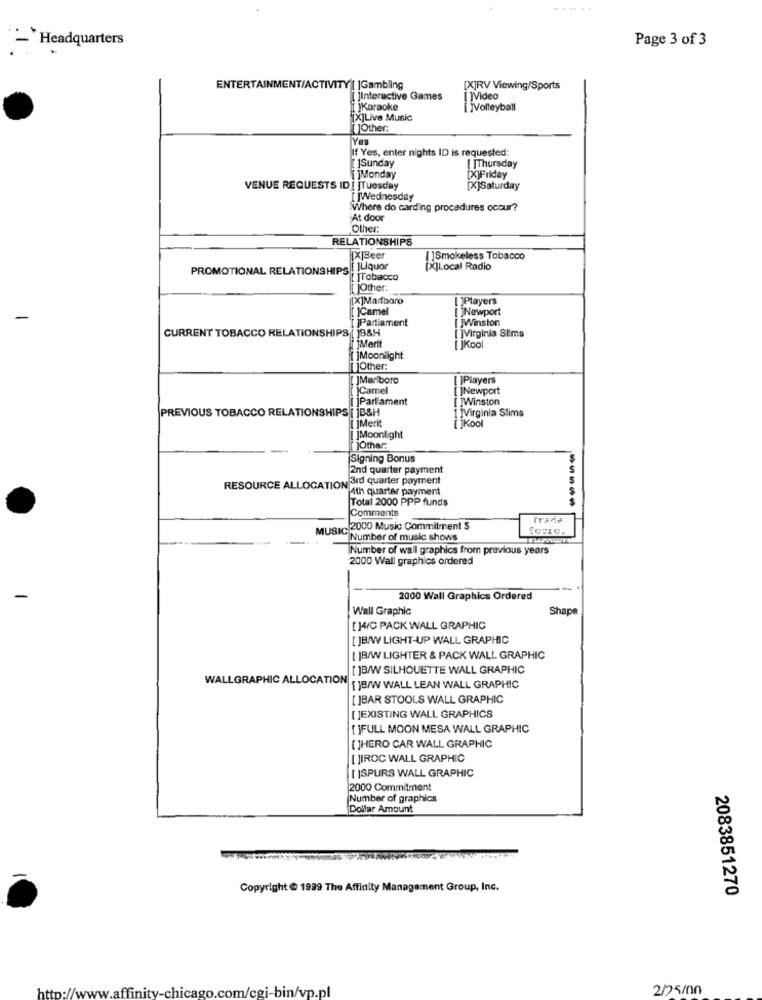
- Headquarters
Page 3 of 3
ENTERTAINMENT/ACTIVITY[ ]Gambling
[X]RV Viewing/Sports
[ ]Interactive Games
IVideo
[ ]Karaoke
jVolleyball
[X]Live Music
Other:
Yes
If Yes, enter nights ID is requested:
JSunday
[ ]Thursday
[ ]Monday
[X]Friday
VENUE REQUESTS ID [ ]Tuesday
[X]Saturday
Wednesday
Where do carding procedures occur?
At door
Other
RELATIONSHIPS
XJBeer
[]Smokeless Tobacco
PROMOTIONAL RELATIONSHIPS ! ILiquor
[X]Local Radio
[ ]Tobacco
JOther:
[X]Martbaro
[]Players
[ ]Camel
[ ]Newport
-
[ ]Parliament
I JWinston
CURRENT TOBACCO RELATIONSHIPS [ J8&H
[ ]Virginia Slims
[ ]Merit
[ ]Kool
jMoonlight
Other:
JMarlboro
[ ]Players
Camel
[ ]Newport
IParlament
[ ]Winston
[ ]Virginia Slims
PREVIOUS TOBACCO RELATIONSHIPS [ ]B&H
[ ]Merit
Kool
JMoonlight
[ ]Other:
Signing Bonus
2nd quarter payment
RESOURCE ALLOCATION 3rd quarter payment
4th quarter payment
Total 2000 PPP funds
-----
Comments
Trada
MUSIC 2000 Music Commitment S
Number of music shows
Number of wall graphics from previous years
2000 Wall graphics ordered
-
2000 Wall Graphics Ordered
Wall Graphic
Shape
[ ]4/C PACK WALL GRAPHIC
[ ]B/W LIGHT-UP WALL GRAPHIC
[ ]B/W LIGHTER & PACK WALL GRAPHIC
[]B/W SILHOUETTE WALL GRAPHIC
WALLGRAPHIC ALLOCATION
[ ]B/W WALL LEAN WALL GRAPHIC
[ ]BAR STOOLS WALL GRAPHIC
[ JEXISTING WALL GRAPHICS
[ ]FULL MOON MESA WALL GRAPHIC
[ ]HERO CAR WALL GRAPHIC
[ JIROC WALL GRAPHIC
[ ]SPURS WALL GRAPHIC
2000 Commitment
Number of graphics
Dollar Amount
Copyright @ 1999 The Affinity Management Group, Inc.
2083851270
w.affinity
-chicago.com/cgi-bin/vp.pl
2/25/00
http://w